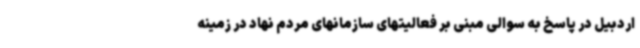
اردبیل در پاسخ به سوالی مبنی بر فعالیتهای سازمانهای مردم نهاد در زمینه